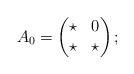
LaTeX: \begin{align*}A_{0}=\begin{pmatrix}\star & 0\\\star & \star\end{pmatrix};\end{align*}